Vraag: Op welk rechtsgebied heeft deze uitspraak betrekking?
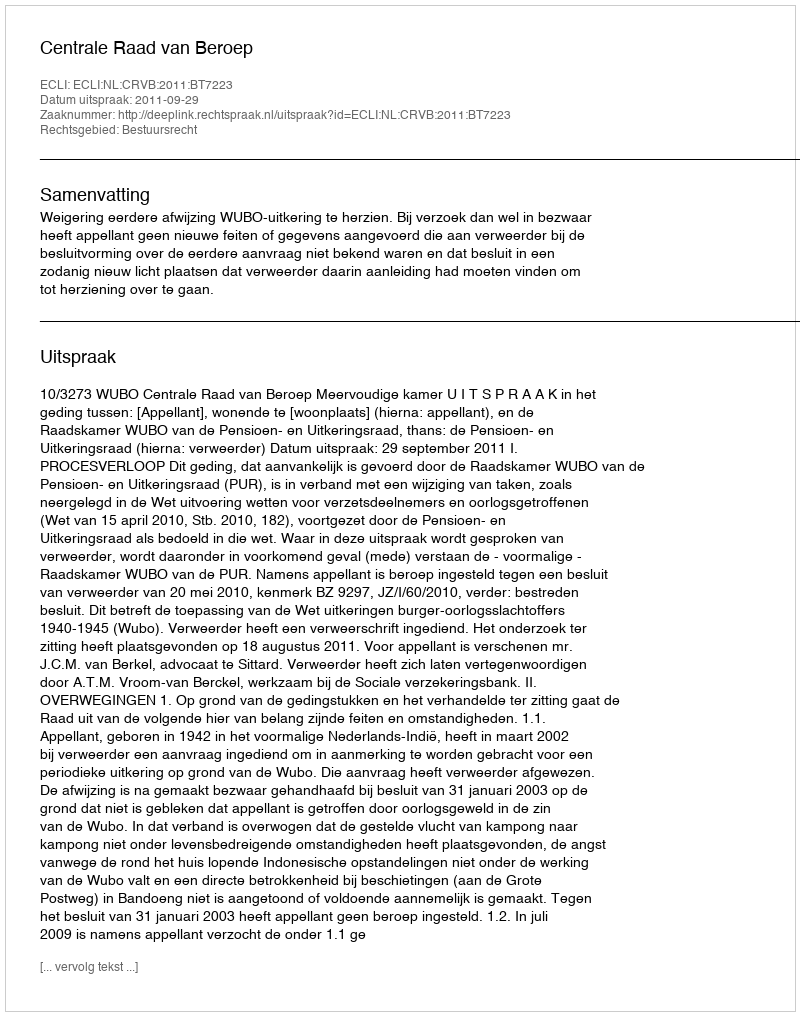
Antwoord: Bestuursrecht